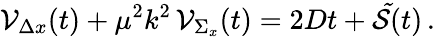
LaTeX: {\cal V}_{\Delta x}(t)+\mu^{2}k^{2}\, {\cal V}_{\Sigma_{x}}(t)=2Dt+{\cal\tilde{S}}(t)\, .